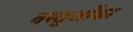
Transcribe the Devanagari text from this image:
वस्तुओंका